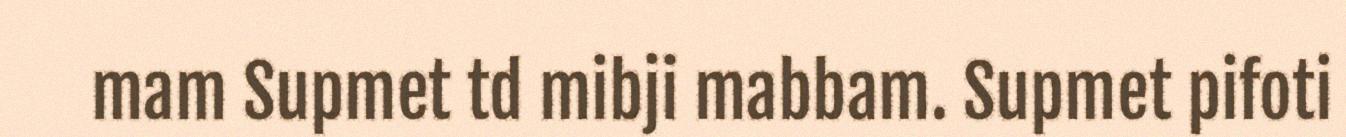
mam Supmet td mibji mabbam. Supmet pifoti